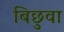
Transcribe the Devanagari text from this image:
बिछुवा